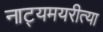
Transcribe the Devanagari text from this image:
नाट्यमयरीत्या